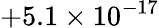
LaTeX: +5.1\times 10^{-17}